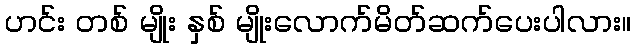
ဟင်း တစ် မျိုး နှစ် မျိုးလောက်မိတ်ဆက်ပေးပါလား။